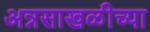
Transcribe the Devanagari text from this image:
अन्नसाखळीच्या